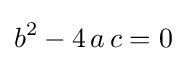
b^{2}-4\,a\,c=0